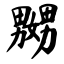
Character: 嬲